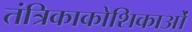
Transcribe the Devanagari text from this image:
तंत्रिकाकोशिकाओं